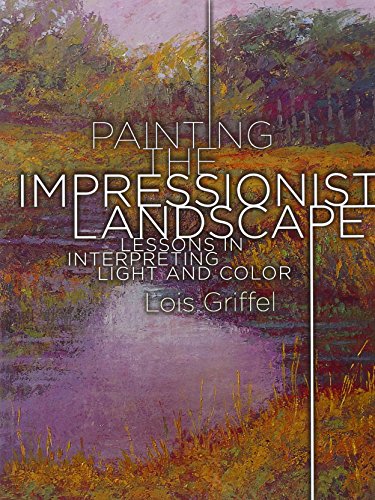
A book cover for Painting the Impressionist Landscape: Lessons in Interpreting Light and Color; Lois Griffel; Arts & Photography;